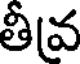
తీవ